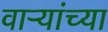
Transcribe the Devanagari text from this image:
वाऱ्यांच्या